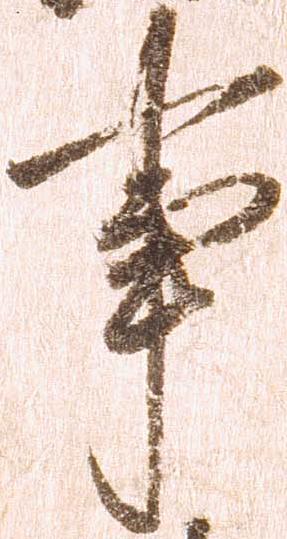
事